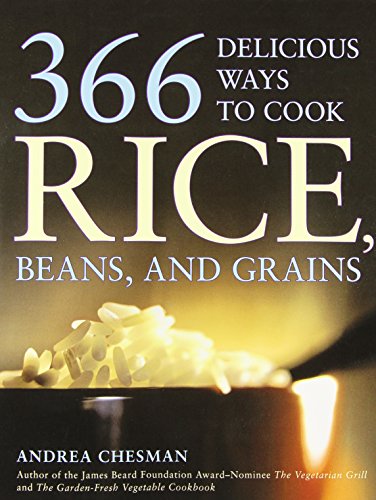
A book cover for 366 Delicious Ways to Cook Rice, Beans, and Grains; Andrea Chesman; Cookbooks, Food & Wine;